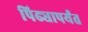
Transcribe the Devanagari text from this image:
पिढ्यापर्यंत